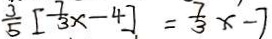
\frac { 3 } { 5 } [ \frac { 7 } { 3 } x - 4 ] = \frac { 7 } { 3 } x - 7